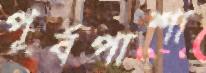
পূর্বপাশা